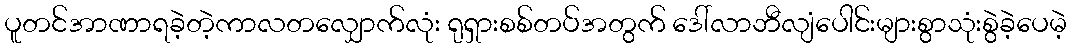
ပူတင်အာဏာရခဲ့တဲ့ကာလတလျှောက်လုံး ရုရှားစစ်တပ်အတွက် ဒေါ်လာဘီလျံပေါင်းများစွာသုံးစွဲခဲ့ပေမဲ့